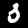
Digit: 3